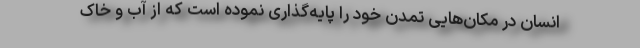
انسان در مکان‌هایی تمدن خود را پایه‌گذاری نموده است که از آب و خاک